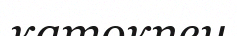
катокпен